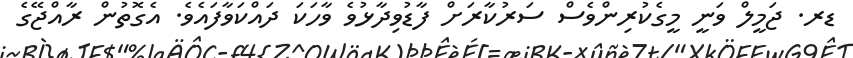
ޑރ. ޖަމީލް ވަނީ މީގެކުރިންވެސް ސަރުކާރަށް ފާޑުވިދާޅުވެ ވާހަކަ ދައްކަވާފައެވެ. އެގޮތުން ރާއްޖޭގެ